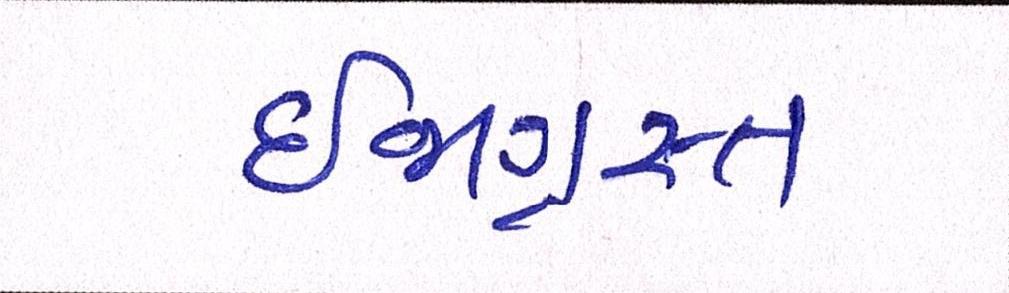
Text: ઈજાગ્રસ્ત